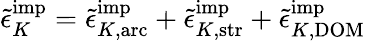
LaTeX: \tilde{\epsilon}_{K}^{\mathrm{imp}}=\tilde{\epsilon}_{K,\mathrm{arc}}^{\mathrm{imp}}+\tilde{\epsilon}_{K,\mathrm{str}}^{\mathrm{imp}}+\tilde{\epsilon}_{K,\mathrm{DOM}}^{\mathrm{imp}}